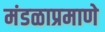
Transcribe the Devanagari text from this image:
मंडळाप्रमाणे